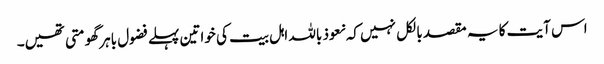
اس آیت کا یہ مقصد بالکل نہیں کہ نعوذ باللہ اہل بیت کی خواتین پہلے فضول باہر گھومتی تھیں۔